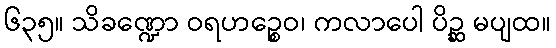
၆၃၅။ သိခဏ္ဍော ဝရဟဉ္စေဝ၊ ကလာပေါ ပိဉ္ဆ မပျထ။